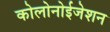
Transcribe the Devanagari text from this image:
कोलोनोईजेशन